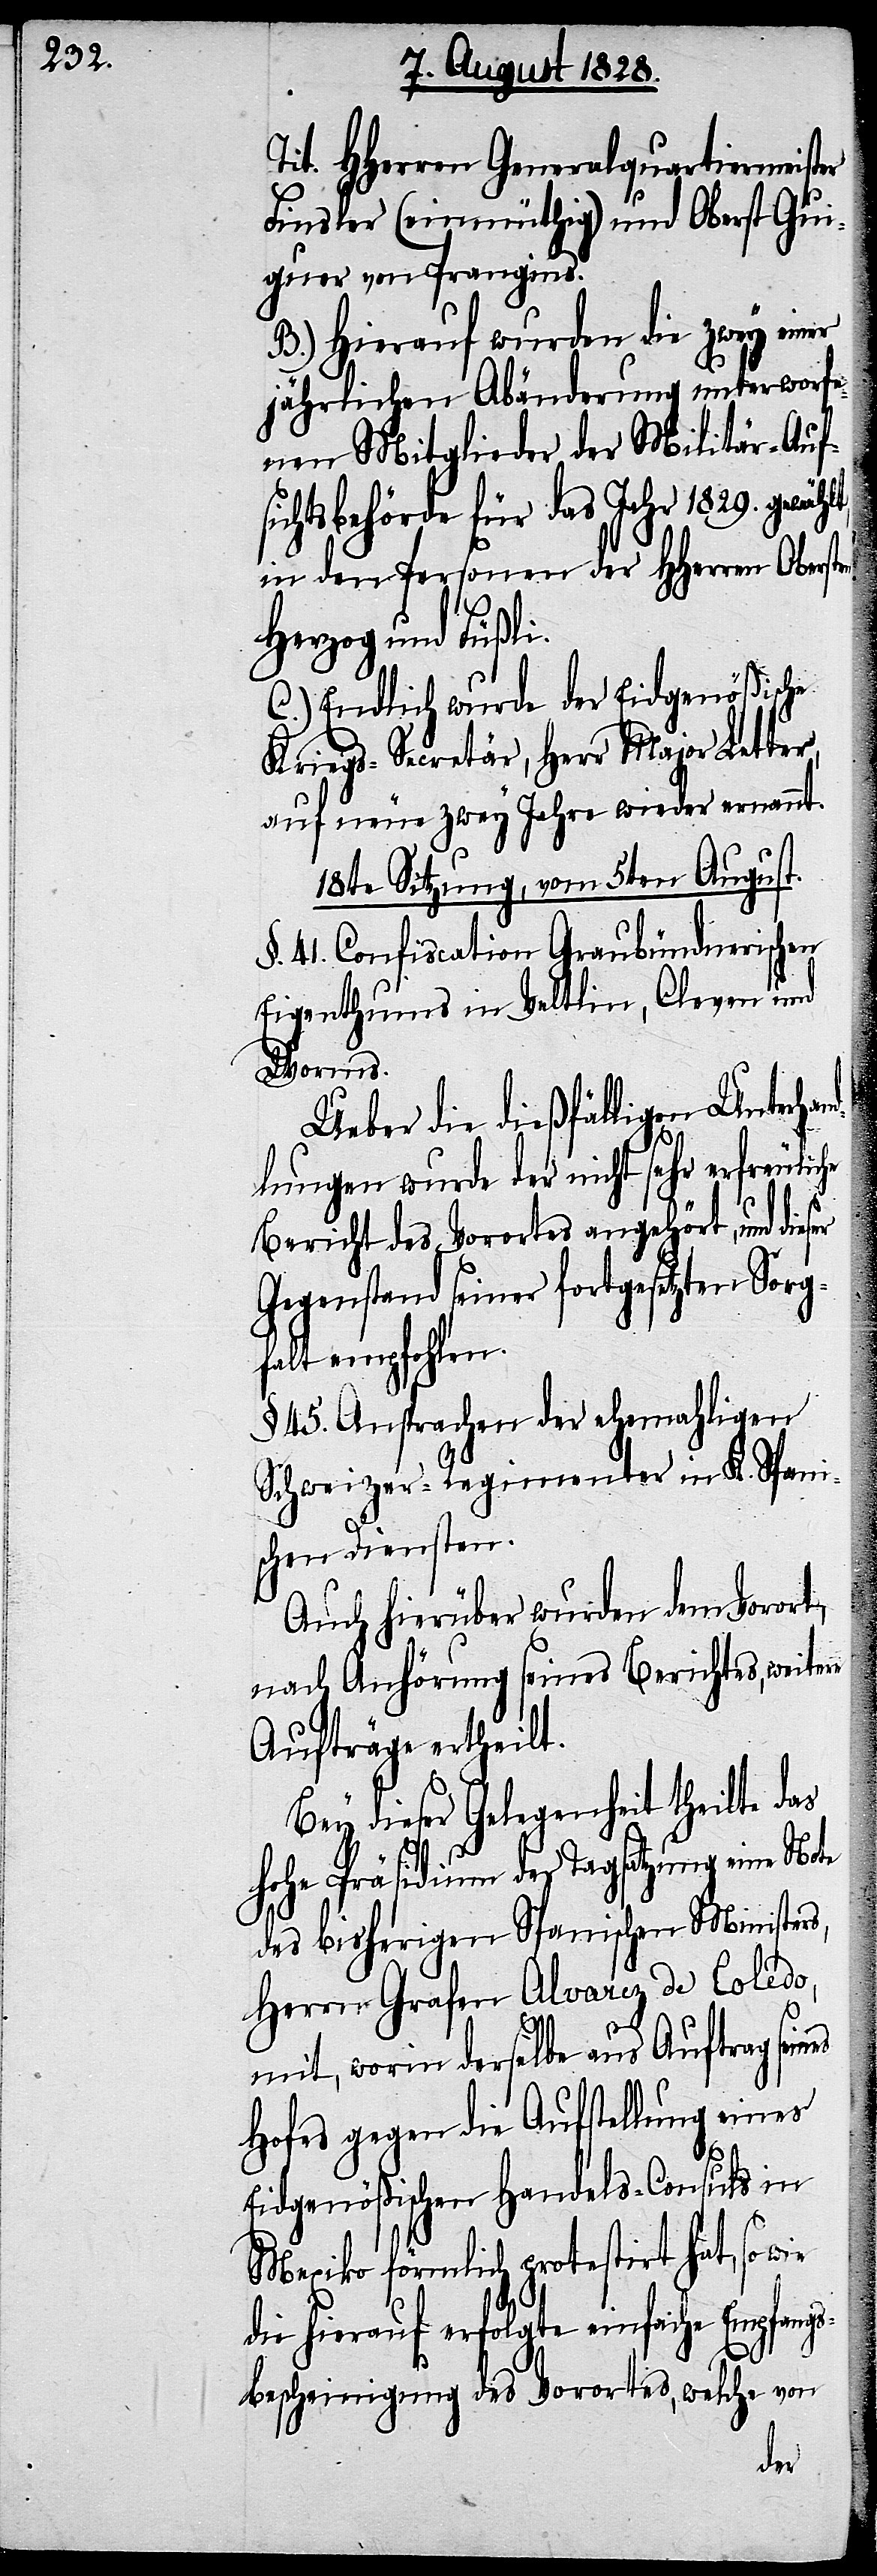
Tit. HHerren Generalquartiermeister
Finsler (einmüthig) und Oberst Gu¬
iguer von Prangins.
B.) Hierauf wurden die zwey einer
jährlichen Abänderung unterworfe¬
nen Mitglieder der Militär-Auf¬
sichtsbehörde für das Jahr 1829. gewäh¬
in den Personen der HHerren Obersten
Herzog und Füßli.
C.) Endlich wurde der Eidgenößische
Kriegs-Secretär, Herr Major Letter,
auf neue zwey Jahre wieder ernannt.
18te Sitzung, vom 5ten August.
§. 41. Confiscation Graubündnerischen
Eigenthums in Veltlin, Cleven und
Worms.
Ueber die dießfälligen Unterha¬
ndlungen wurde der nicht sehr erfreuliche
Bericht des Vorortes angehört, und dies¬
Gegenstand seiner fortgesetzten Sorg¬
falt empfohlen.
§. 45. Ansprachen der ehemahligen
Schweizer-Regimenter in K. Spani¬
schen Diensten.
Auch hierüber wurden dem Vorort,
nach Anhörung seines Berichtes, weitere
Aufträge ertheilt.
Bey dieser Gelegenheit theilte das
hohe Präsidium der Tagsatzung eine Note
des bisherigen Spanischen Ministers,
Herrn Grafen Alvarez de Toledo,
mit, worin derselbe aus Auftrag sei¬
Hofes gegen die Aufstellung eines
Eidgenößischen Handels-Consuls in
Mexiko förmlich protestirt hat, so wie
die hierauf erfolgte einfache Empfan¬
gs¬
bescheinigung des Vorortes, welche von
nes